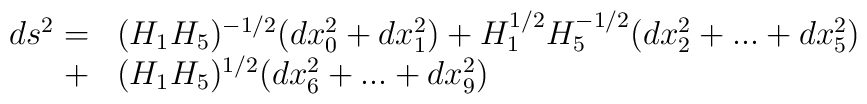
\begin{array}{rl}ds^2=&(H_1H_5)^{-1/2}(dx_0^2+dx_1^2)+H_1^{1/2}H_5^{-1/2}(dx_2^2+...+dx_5^2)\\ \nonumber + & (H_1H_5)^{1/2}(dx_6^2+...+dx_9^2)\end{array}